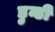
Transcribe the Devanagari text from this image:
डुन्डी